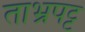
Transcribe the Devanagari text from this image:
ताभ्रपट्ट